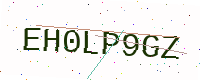
Text: EH0LP9GZ